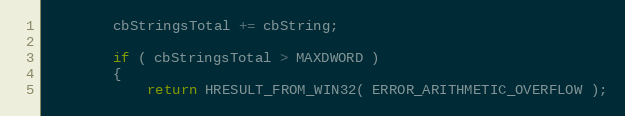
Language: C++
        cbStringsTotal += cbString;

        if ( cbStringsTotal > MAXDWORD )
        {
            return HRESULT_FROM_WIN32( ERROR_ARITHMETIC_OVERFLOW );